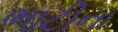
ભાટીના